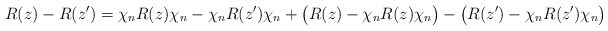
\begin{align*}R(z)-R(z') = \chi_n R(z)\chi_n - \chi_n R(z')\chi_n + \big(R(z)-\chi_nR(z)\chi_n\big) - \big(R(z')-\chi_nR(z')\chi_n\big)\end{align*}